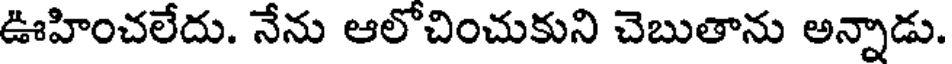
ఊహించలేదు. నేను ఆలోచించుకుని చెబుతాను అన్నాడు.